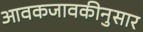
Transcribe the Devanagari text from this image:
आवकजावकीनुसार